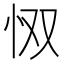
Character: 𫹷